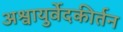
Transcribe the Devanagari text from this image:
अश्वायुर्वेदकीर्तन